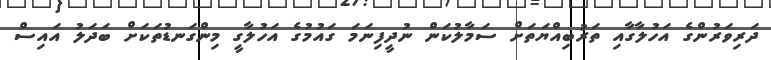
ދަރިވަރުންގެ އަހުލާގާއި ތަރުބިއްޔަތަށް ސަމާލުކަން ނުދީފިނަމަ ގައުމުގެ އަހުލާގީ މިންގަނޑުތަކަށް ބަދަލު އައިސް